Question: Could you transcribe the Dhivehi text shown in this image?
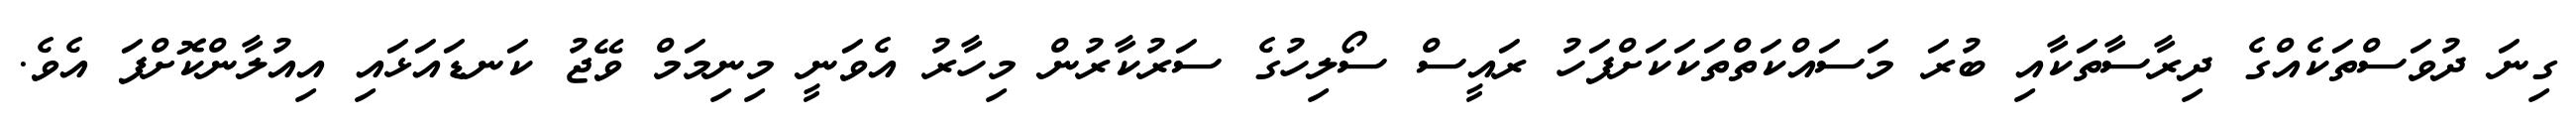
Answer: ގިނަ ދުވަސްތަކެއްގެ ދިރާސާތަކާއި ބުރަ މަސައްކަތްތަކަކަށްފަހު ރައީސް ސޯލިހުގެ ސަރުކާރުން މިހާރު އެވަނީ މިނިމަމް ވޭޖު ކަނޑައަޅައި އިއުލާންކޮށްފަ އެވެ.